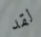
لقد